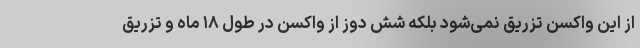
از این واکسن تزریق نمی‌شود بلکه شش دوز از واکسن در طول ۱۸ ماه و تزریق